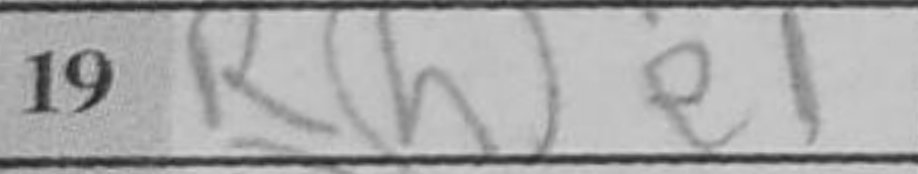
Transcription: Rhe1